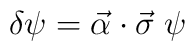
\delta \psi = \vec{ \alpha}\cdot\vec{\sigma}\;\psi